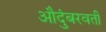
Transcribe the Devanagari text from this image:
औदुंबरवती